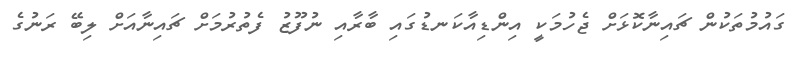
ގައުމުތަކުން ޗައިނާކޮޅަށް ޖެހުމަކީ އިންޑިއާކަނޑުގައި ބާރާއި ނުފޫޒު ފެތުރުމަށް ޗައިނާއަށް ލިބޭ ރަނުގެ